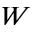
W